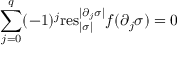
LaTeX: \sum _ { j = 0 } ^ { q } ( - 1 ) ^ { j } \mathrm { r e s } _ { | \sigma | } ^ { | \partial _ { j } \sigma | } f ( \partial _ { j } \sigma ) = 0